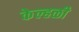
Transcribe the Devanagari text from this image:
केल्हळी